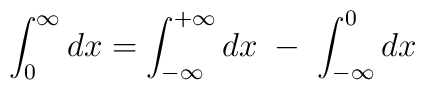
\int_{0}^{\infty}dx=\int_{-\infty}^{+\infty}dx\;-\;\int_{-\infty}^{0}dx